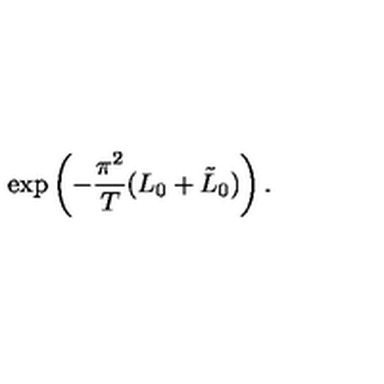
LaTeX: \exp \left( - \frac { \pi ^ { 2 } } { T } ( L _ { 0 } + \tilde { L } _ { 0 } ) \right) .